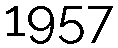
1957